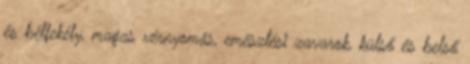
és bélfekély, magas vérnyomás, emésztési zavarok, külső és belső